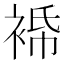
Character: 𧚓